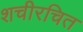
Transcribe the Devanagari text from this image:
शचीरचित